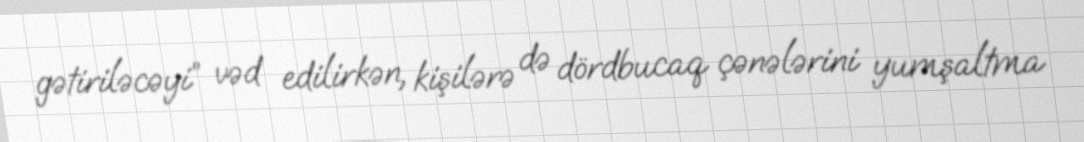
gətiriləcəyi” vəd edilirkən, kişilərə də dördbucaq çənələrini yumşaltma